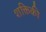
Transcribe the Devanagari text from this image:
शक्तिकी